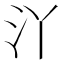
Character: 𱥰